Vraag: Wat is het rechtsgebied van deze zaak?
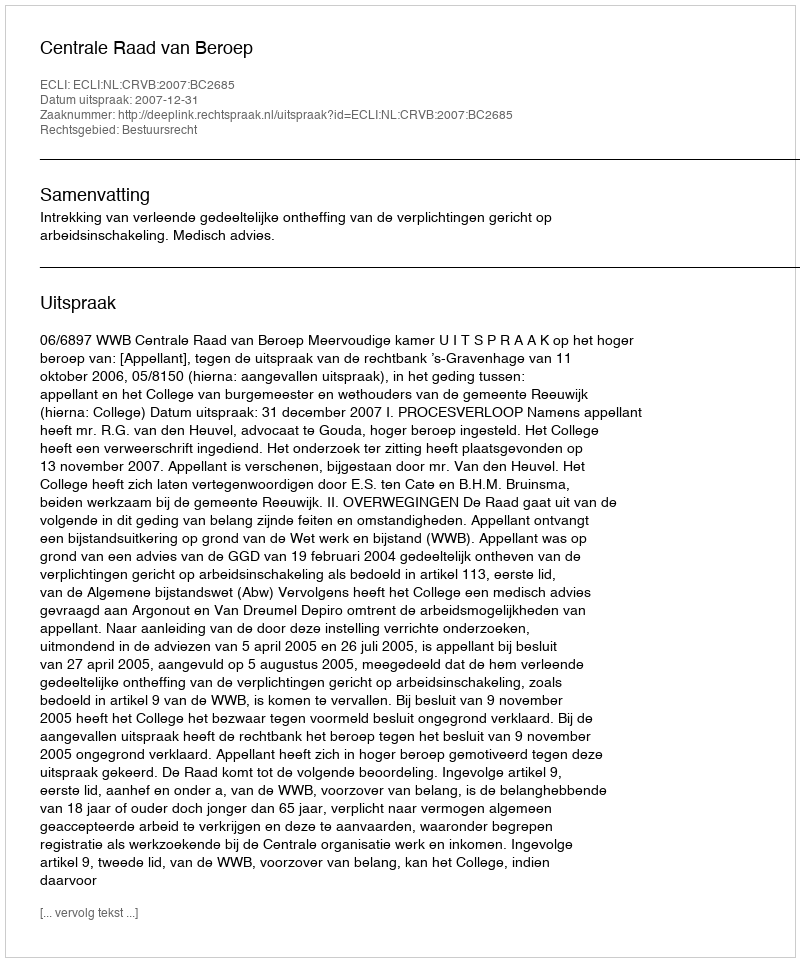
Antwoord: Bestuursrecht